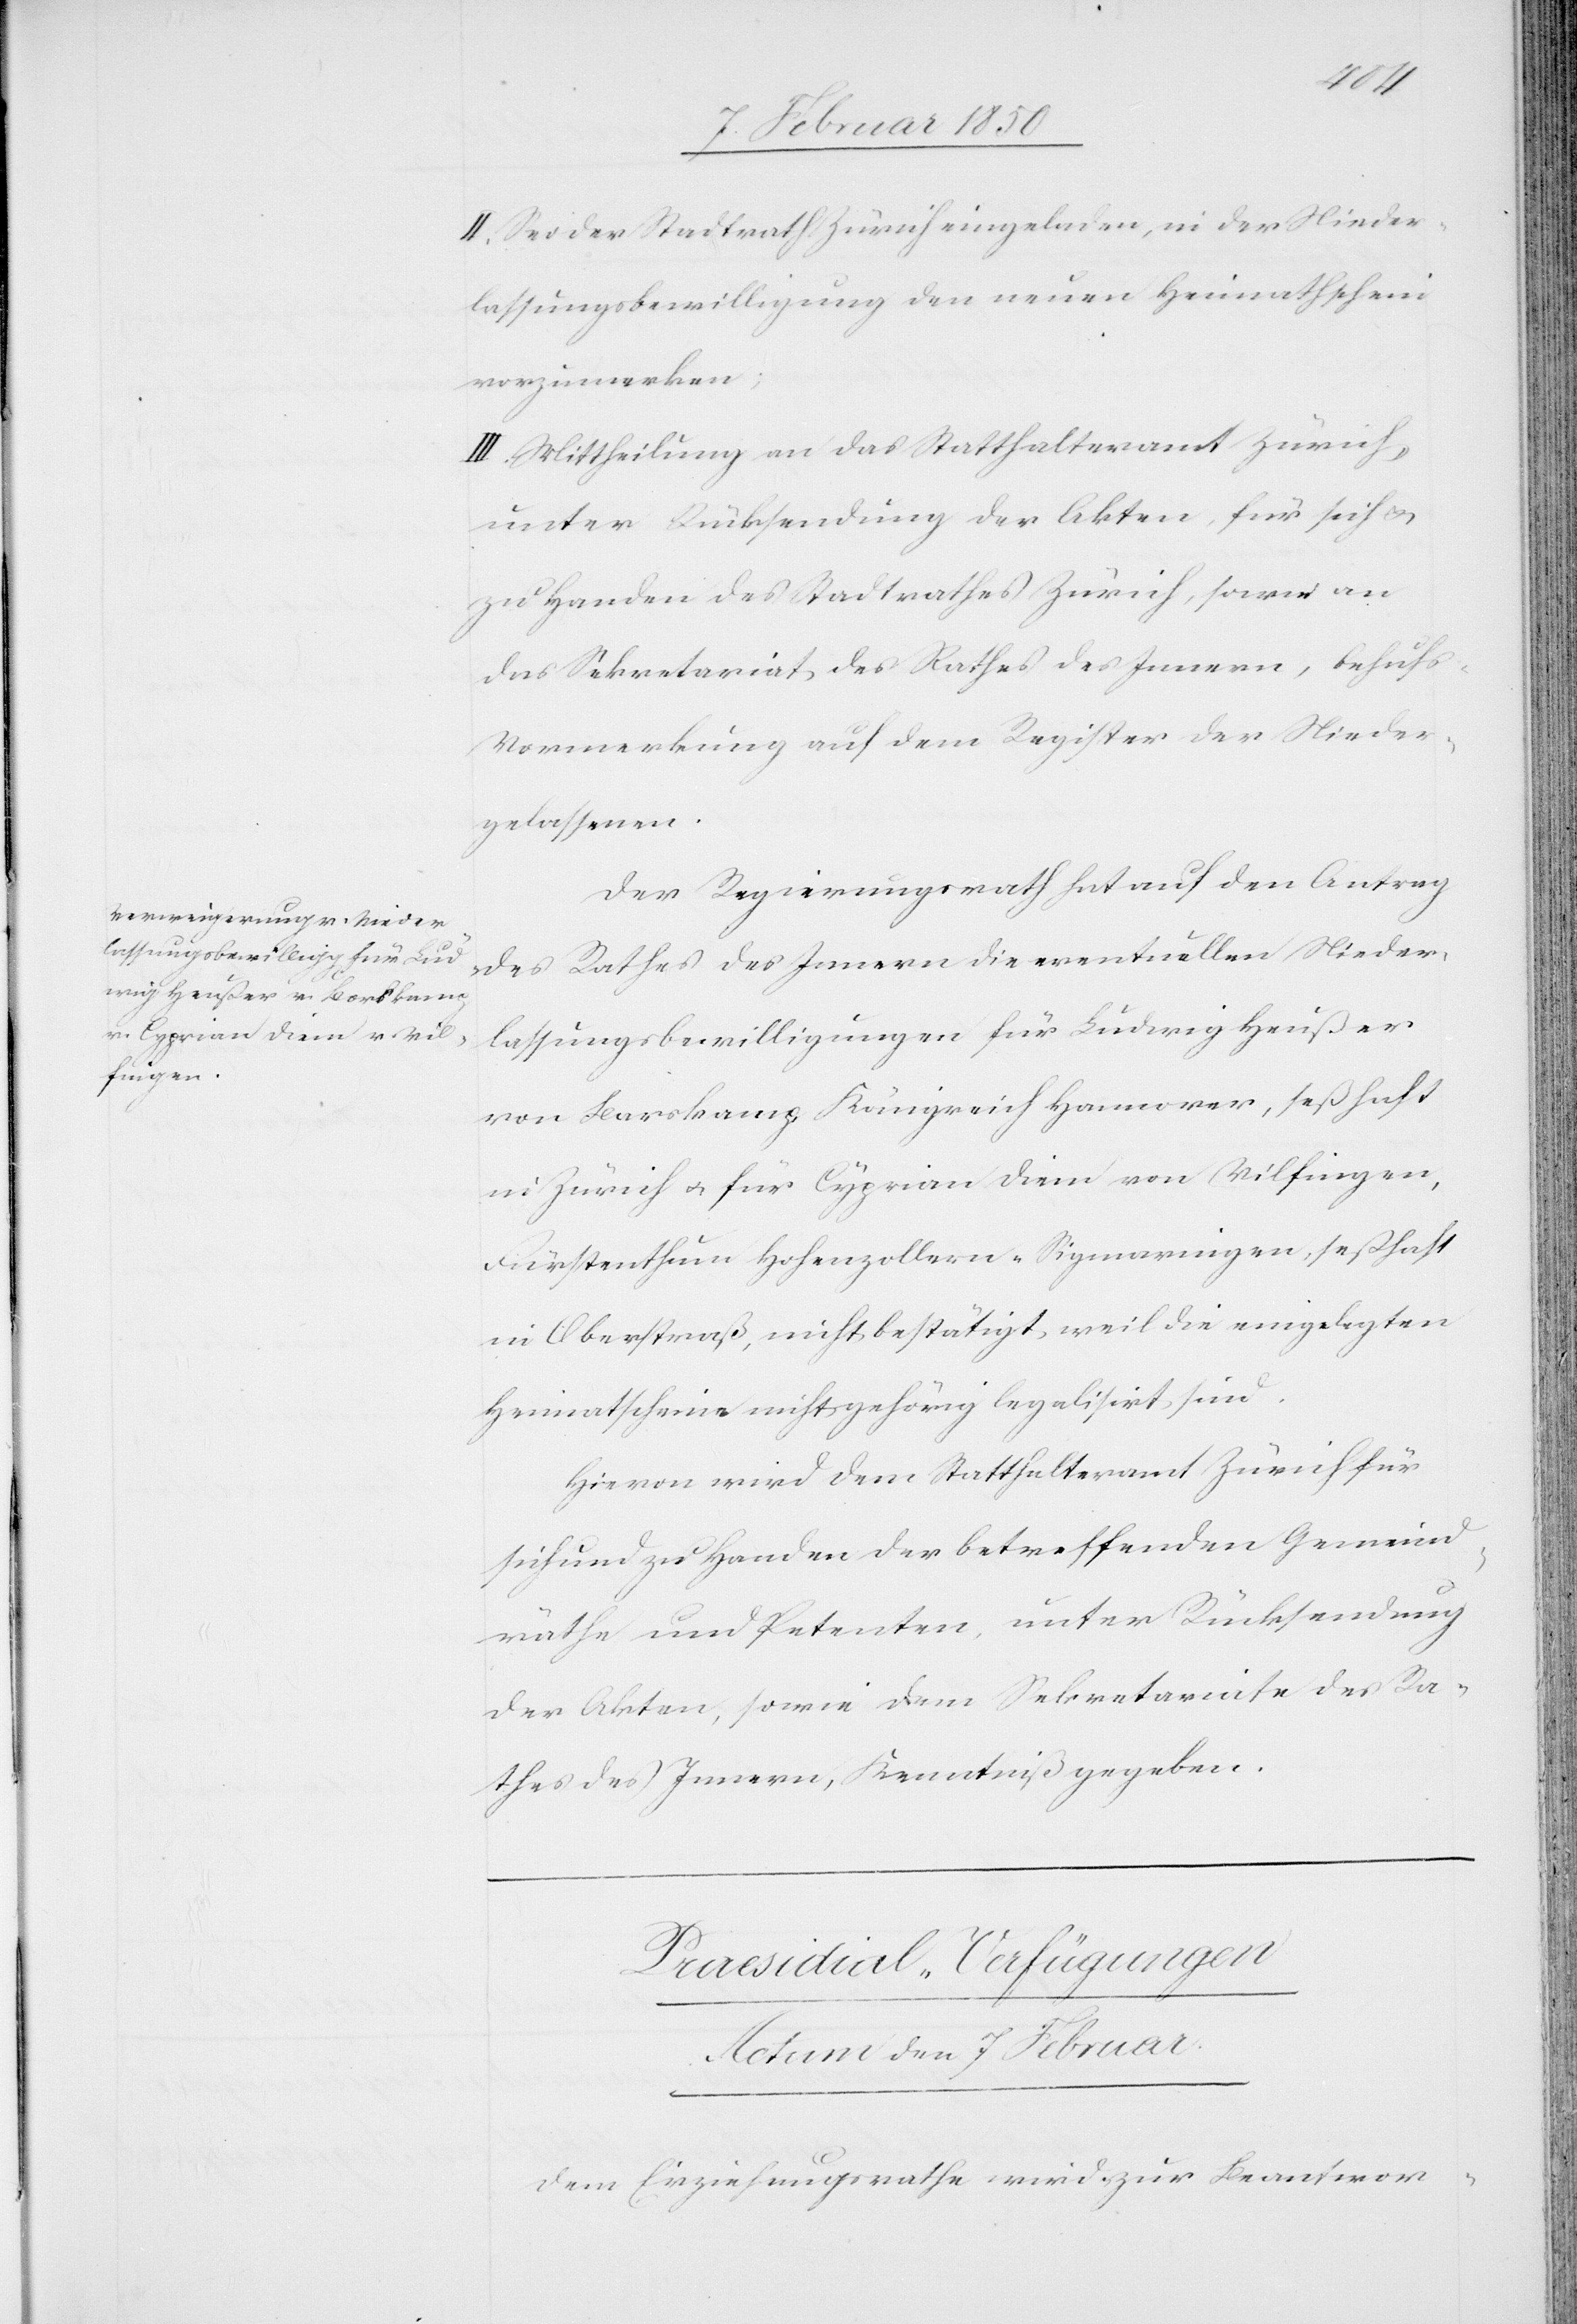
II. Sei der Stadtrath Zürich eingeladen, in der Nieder¬
lassungsbewilligung den neuen Heimathschein
vorzumerken;
III. Mittheilung an das Statthalteramt Zürich,
unter Rücksendung der Akten, für sich u.
zu Handen des Stadtrathes Zürich, sowie an
das Sekretariat des Rathes des Innern, behufs
Vormerkung auf dem Register der Nieder¬
gelassenen.
Der Regierungsrath hat auf den Antrag
des Rathes des Innern die eventuellen Nieder¬
lassungsbewilligungen für Ludwig Heußer
von Borskamp, Königreich Hannover, seßhaft
in Zürich u. für Cyprian Diem von Vilfingen,
Fürstenthum Hohenzollern-Sigmaringen, seßhaft
in Oberstraß, nicht bestätigt, weil die eingelegten
Heimatscheine nicht gehörig legalisirt sind.
Hievon wird dem Statthalteramt Zürich für
sich und zu Handen der betreffenden Gemeind¬
räthe und Petenten, unter Rückstellung
der Akten, sowie dem Sekretariate des Ra¬
thes des Innern, Kenntniß gegeben.
Praesidial-Verfügungen
Actum den 7 Februar.
Dem Erziehungsrathe wird zur Beantwor-